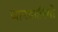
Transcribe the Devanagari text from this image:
जानकारियो